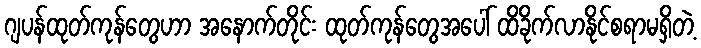
ဂျပန်ထုတ်ကုန်တွေဟာ အနောက်တိုင်း ထုတ်ကုန်တွေအပေါ် ထိခိုက်လာနိုင်စရာမရှိတဲ့